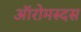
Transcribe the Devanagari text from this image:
ऑरोमस्दस